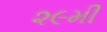
૨૯મી